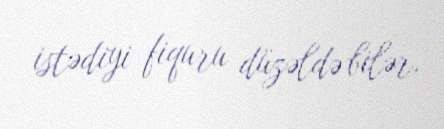
istədiyi fiquru düzəldə bilər.